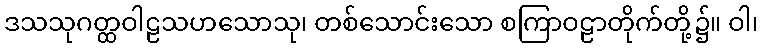
ဒသသုဂတ္ထဝါဠသဟသောသု၊ တစ်သောင်းသော စကြာဝဠာတိုက်တို့၌။ ဝါ၊